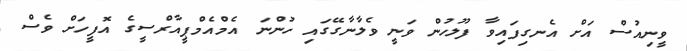
ވީނިއުސް އަށް އެނގިފައިވާ ފުލުހުން ވަނީ ވެލާނާގޭގައި ހުންނަ އެމްއެމްޕީއާރްސީގެ އޮފީހަށް ވެސް